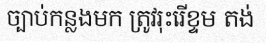
ច្បាប់កន្លងមក ត្រូវរុះរើខ្ទម តង់